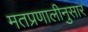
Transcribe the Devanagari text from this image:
मतप्रणालीनुसार